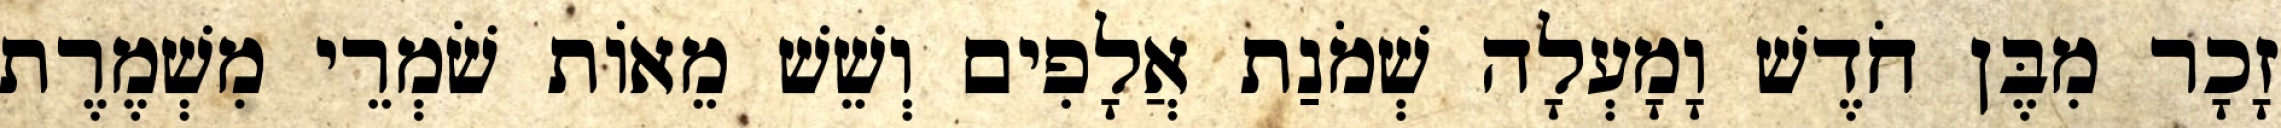
זָכָר מִבֶּן חֹדֶשׁ וָמָעְלָה שְׁמֹנַת אֲלָפִים וְשֵׁשׁ מֵאוֹת שֹׁמְרֵי מִשְׁמֶרֶת